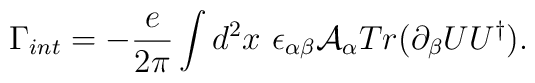
\Gamma_{int}= - \frac{e}{2\pi} \int d^2 x\ \epsilon_{\alpha\beta}{\cal A}_\alpha Tr(\partial_\beta UU^\dag).